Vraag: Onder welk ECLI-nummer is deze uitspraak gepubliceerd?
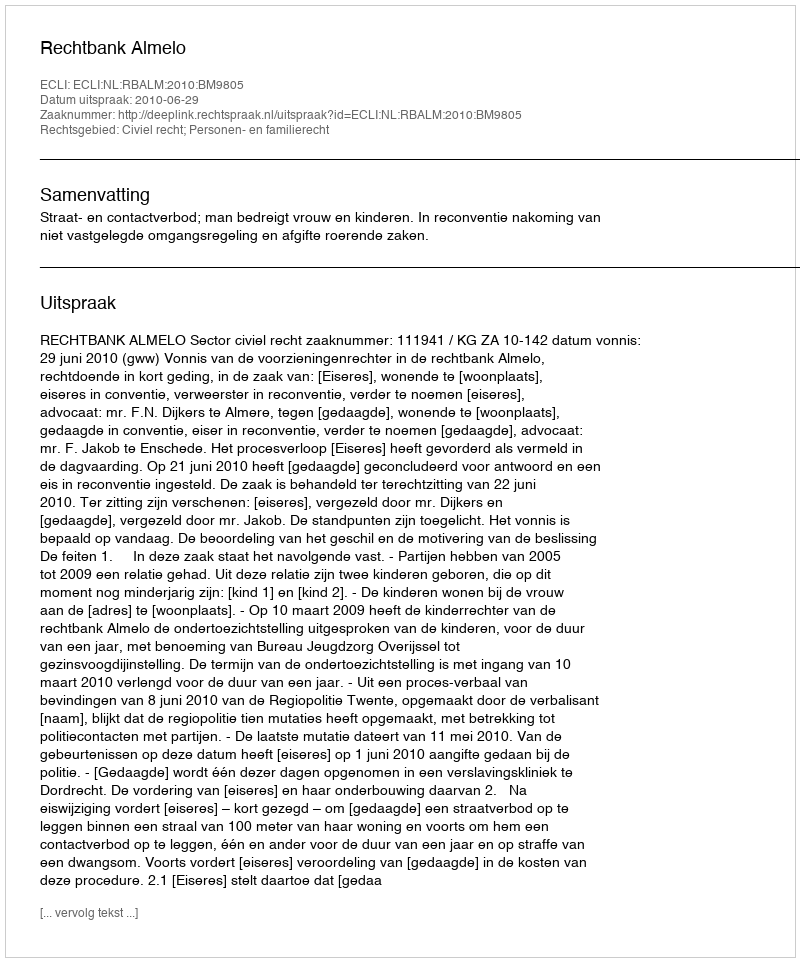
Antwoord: ECLI:NL:RBALM:2010:BM9805